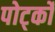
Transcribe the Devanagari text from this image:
पोर्ट्को